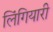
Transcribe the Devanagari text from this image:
लिंगियारी